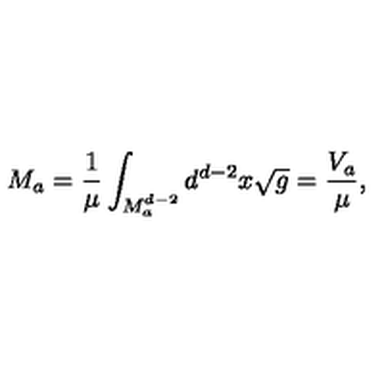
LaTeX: M _ { a } = \frac { 1 } { \mu } \int _ { M _ { a } ^ { d - 2 } } d ^ { d - 2 } x \sqrt { g } = \frac { V _ { a } } { \mu } ,